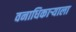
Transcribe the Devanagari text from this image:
वनाधिकाऱ्याला